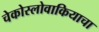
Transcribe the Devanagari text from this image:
चेकोस्लोवाकियाचा